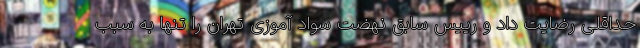
حداقلی رضایت داد و رییس سابق نهضت سواد آموزی تهران را تنها به سبب